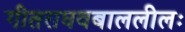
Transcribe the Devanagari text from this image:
गीतराघवबाललीलः